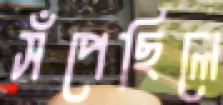
সঁপেছিলে